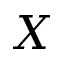
X